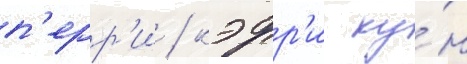
п'ерр'и / кэрр'и ку́н